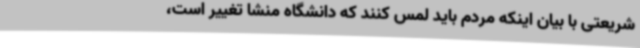
شریعتی با بیان اینکه مردم باید لمس کنند که دانشگاه منشا تغییر است،